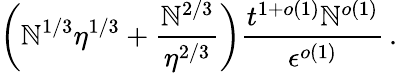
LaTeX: \left(\mathbb{N}^{1/3}\eta^{1/3}+\frac{{\mathbb{N}^{2/3}}}{{\eta^{2/3}}}\right)\frac{{t^{1+o(1)}\mathbb{N}^{o(1)}}}{{\epsilon^{o(1)}}}\, .